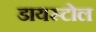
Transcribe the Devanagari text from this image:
डायस्टोल